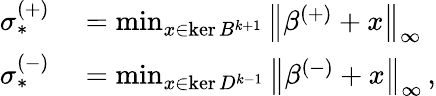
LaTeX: \begin{array}{rl}{\sigma_{*}^{(+)}}&{{}=\operatorname*{min}_{x\in\ker B^{k+1}}\left\lVert\beta^{(+)}+x\right\rVert_{\infty}}\\ {\sigma_{*}^{(-)}}&{{}=\operatorname*{min}_{x\in\ker D^{k-1}}\left\lVert\beta^{(-)}+x\right\rVert_{\infty}\, ,}\end{array}